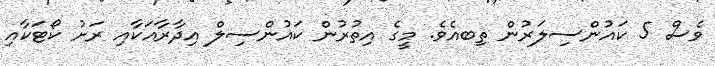
ވެސް 5 ކައުންސިލަރުން ތިބއެވެ. މީގެ އިތުރުން ކައުންސިލް އިދާރާއަކާއި ރަށު ކޯޓަކާއި